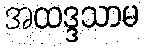
အထဒ္ဒသာမ